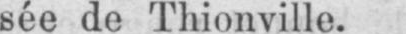
sée de Thionville.